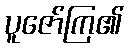
ပူဇော်ကြ၏